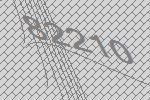
82210